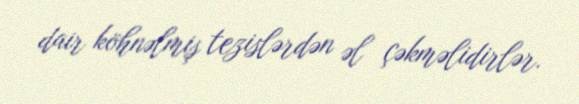
dair köhnəlmiş tezislərdən əl çəkməlidirlər.